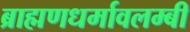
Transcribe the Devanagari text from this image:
ब्राह्मणधर्मावलम्बी